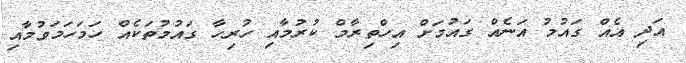
އަދި އެއް ގައުމު އަނެއް ގައުމަށް އިހްތިރާމް ކުރުމާއި ހުރިހާ ގައުމުތަކެއް ހަމަހަމަވުމާއި